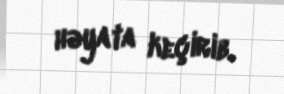
həyata keçirib.